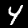
Label: 4